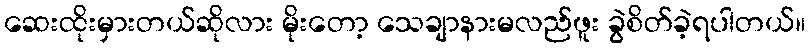
ဆေးထိုးမှားတယ်ဆိုလား မိုးတော့ သေချာနားမလည်ဖူး ခွဲစိတ်ခဲ့ရပါတယ်။